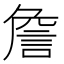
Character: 詹